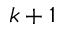
k + 1